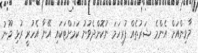
މާވިންއަށް އެންމެ ޝަރުތެއް ފުރިހަމަ ނުކޮށްދެވުނު ކަމަށްޓަކައި އޭނާ އެހުރީ ރުޅި މޫނު